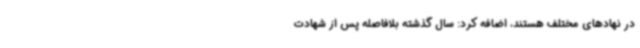
در نهادهای مختلف هستند، اضافه کرد: سال گذشته بلافاصله پس از شهادت